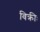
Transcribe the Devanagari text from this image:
विक्रीः